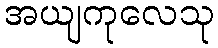
အယျကုလေသု